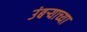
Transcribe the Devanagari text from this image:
उंबर्‍याच्या